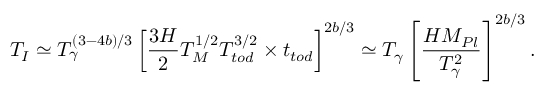
T _ { I } \simeq T _ { \gamma } ^ { ( 3 - 4 b ) / 3 } \left[ \frac { 3 H } 2 T _ { M } ^ { 1 / 2 } T _ { t o d } ^ { 3 / 2 } \times t _ { t o d } \right] ^ { 2 b / 3 } \simeq T _ { \gamma } \left[ \frac { H M _ { P l } } { T _ { \gamma } ^ { 2 } } \right] ^ { 2 b / 3 } .